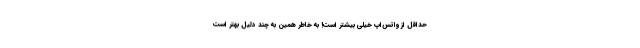
حداقل از واتس‌اپ خیلی بیشتر است! به خاطر همین به چند دلیل بهتر است